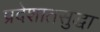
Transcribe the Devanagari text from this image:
प्रदेशातसुद्धा